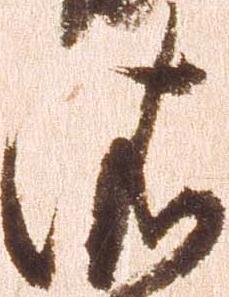
依